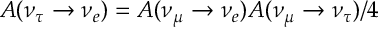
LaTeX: A ( \nu _ { \tau } \rightarrow \nu _ { e } ) = A ( \nu _ { \mu } \rightarrow \nu _ { e } ) A ( \nu _ { \mu } \rightarrow \nu _ { \tau } ) / 4